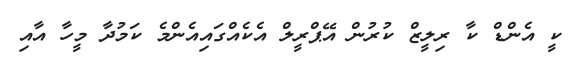
ކީ އެންޑް ކާ ރިލީޒް ކުރުން އޭޕްރީލް އެކެއްގައިއެންމެ ކަމުދާ މީހާ އާއި